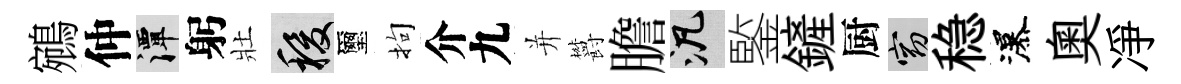
鵷仲潭躬壯稷璽拘介九并欝膽泛鍳鏟厨窈稳瀑奥凈